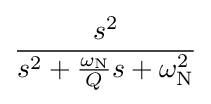
{\frac {s^{2}}{s^{2}+{\frac {\omega _{\mathrm {N} }}{Q}}s+\omega _{\mathrm {N} }^{2}}}